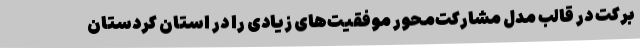
برکت در قالب مدل مشارکت‌محور موفقیت‌های زیادی را در استان کردستان